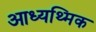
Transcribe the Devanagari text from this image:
आध्यथ्मिक